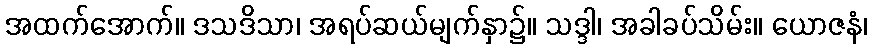
အထက်အောက်။ ဒသဒိသာ၊ အရပ်ဆယ်မျက်နှာ၌။ သဒ္ဒါ၊ အခါခပ်သိမ်း။ ယောဇနံ၊